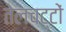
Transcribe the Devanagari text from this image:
तेलचट्टों